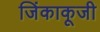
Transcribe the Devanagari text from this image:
जिंकाकूजी